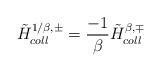
LaTeX: \begin{align*}{\tilde H}_{coll}^{1/\beta, \pm}={-1 \over \beta} {\tilde H}_{coll}^{\beta, \mp}\end{align*}